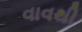
વાવથી